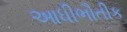
આધીભૌતીક